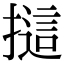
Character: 𢳘